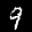
Label: 9